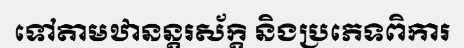
ទៅតាមឋានន្តរស័ក្តិ និងប្រភេទពិការ